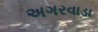
અગરવાડા